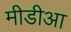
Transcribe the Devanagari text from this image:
मीडीआ